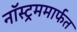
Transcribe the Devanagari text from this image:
नॉस्ट्रममार्फत